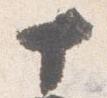
十